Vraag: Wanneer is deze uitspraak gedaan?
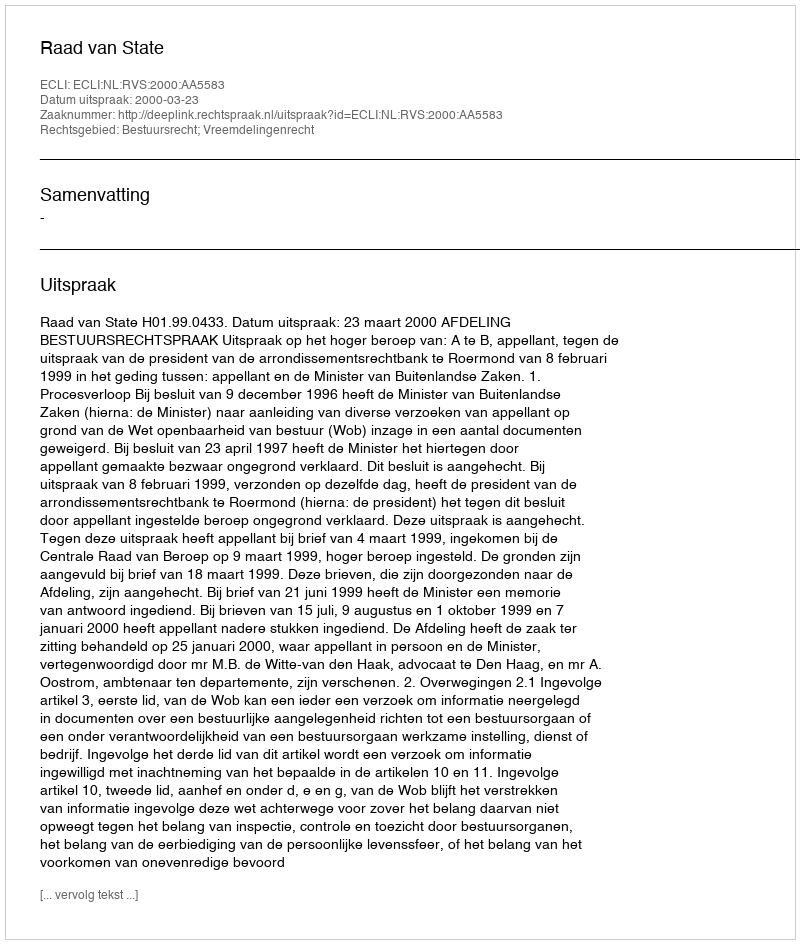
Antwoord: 2000-03-23